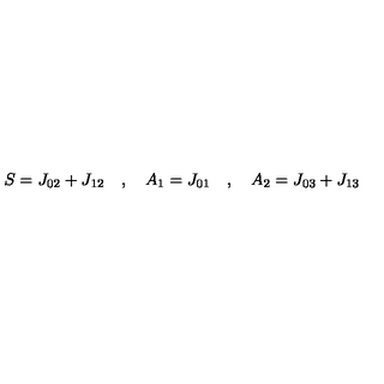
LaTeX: S = J _ { 0 2 } + J _ { 1 2 } \quad , \quad A _ { 1 } = J _ { 0 1 } \quad , \quad A _ { 2 } = J _ { 0 3 } + J _ { 1 3 }